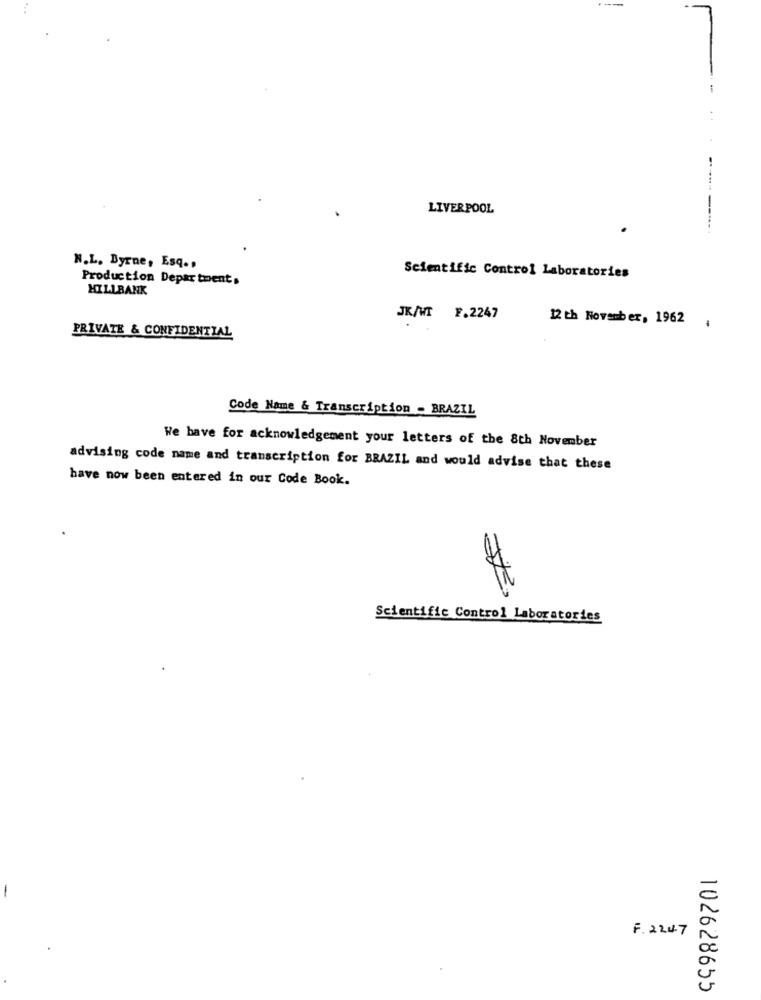
LIVERPOOL
N.L. Byrne, Esq .,
Production Departments
Scientific Control Laboratories
HILLBANK
JK/MT F.2247
12 th November, 1962 ;
PRIVATE & CONFIDENTIAL
Code Name & Transcription - BRAZIL
We have for acknowledgement your letters of the 8th November
advising code name and transcription for BRAZIL and would advise that these
have now been entered in our Code Book.
Scientific Control Laboratories
F. 2247
102628655